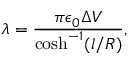
\lambda = \frac { \pi \epsilon _ { 0 } \Delta V } { \cosh ^ { - 1 } ( l / R ) } ,